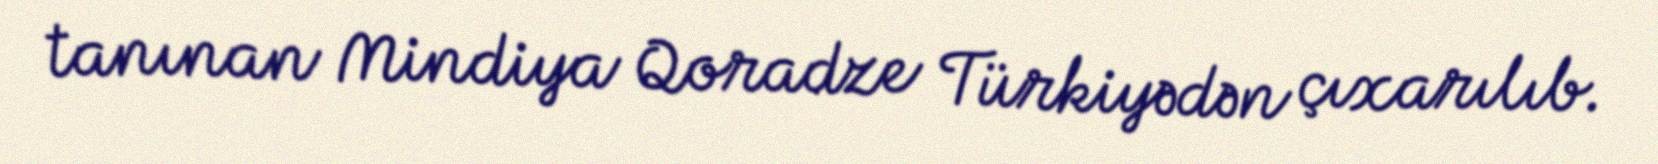
tanınan Mindiya Qoradze Türkiyədən çıxarılıb.